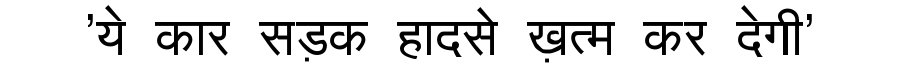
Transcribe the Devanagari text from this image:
'ये कार सड़क हादसे ख़त्म कर देगी'